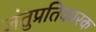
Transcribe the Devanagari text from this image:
जंतुप्रतिकारक